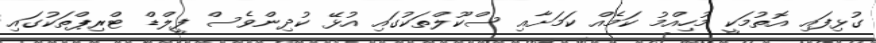
ގުޅިފައި އޮތުމަކީ މުހިއްމު ކަމެއް ކަމަށާއި ސްކޫލްތަކުގައި އުޅޭ ކުދިންވެސް ފީލްޑް ޓްރިޕްތަކުގައި